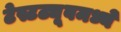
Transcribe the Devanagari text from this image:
टेस्टट्यूबमध्ये